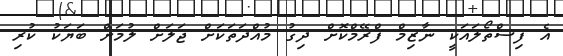
އެ ފިސްތޯލައަކީ ނާޒިމް ފްރޭމްކޮށް ދިގު މުއްދަތަކަށް ޖަލަށް ލުމަށް ބަޔަކު ކުރި